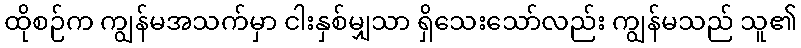
ထိုစဉ်က ကျွန်မအသက်မှာ ငါးနှစ်မျှသာ ရှိသေးသော်လည်း ကျွန်မသည် သူ၏